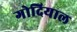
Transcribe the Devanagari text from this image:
गोदियाल